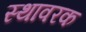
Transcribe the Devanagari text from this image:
स्थावरक